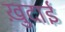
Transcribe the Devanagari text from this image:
खु़दाई